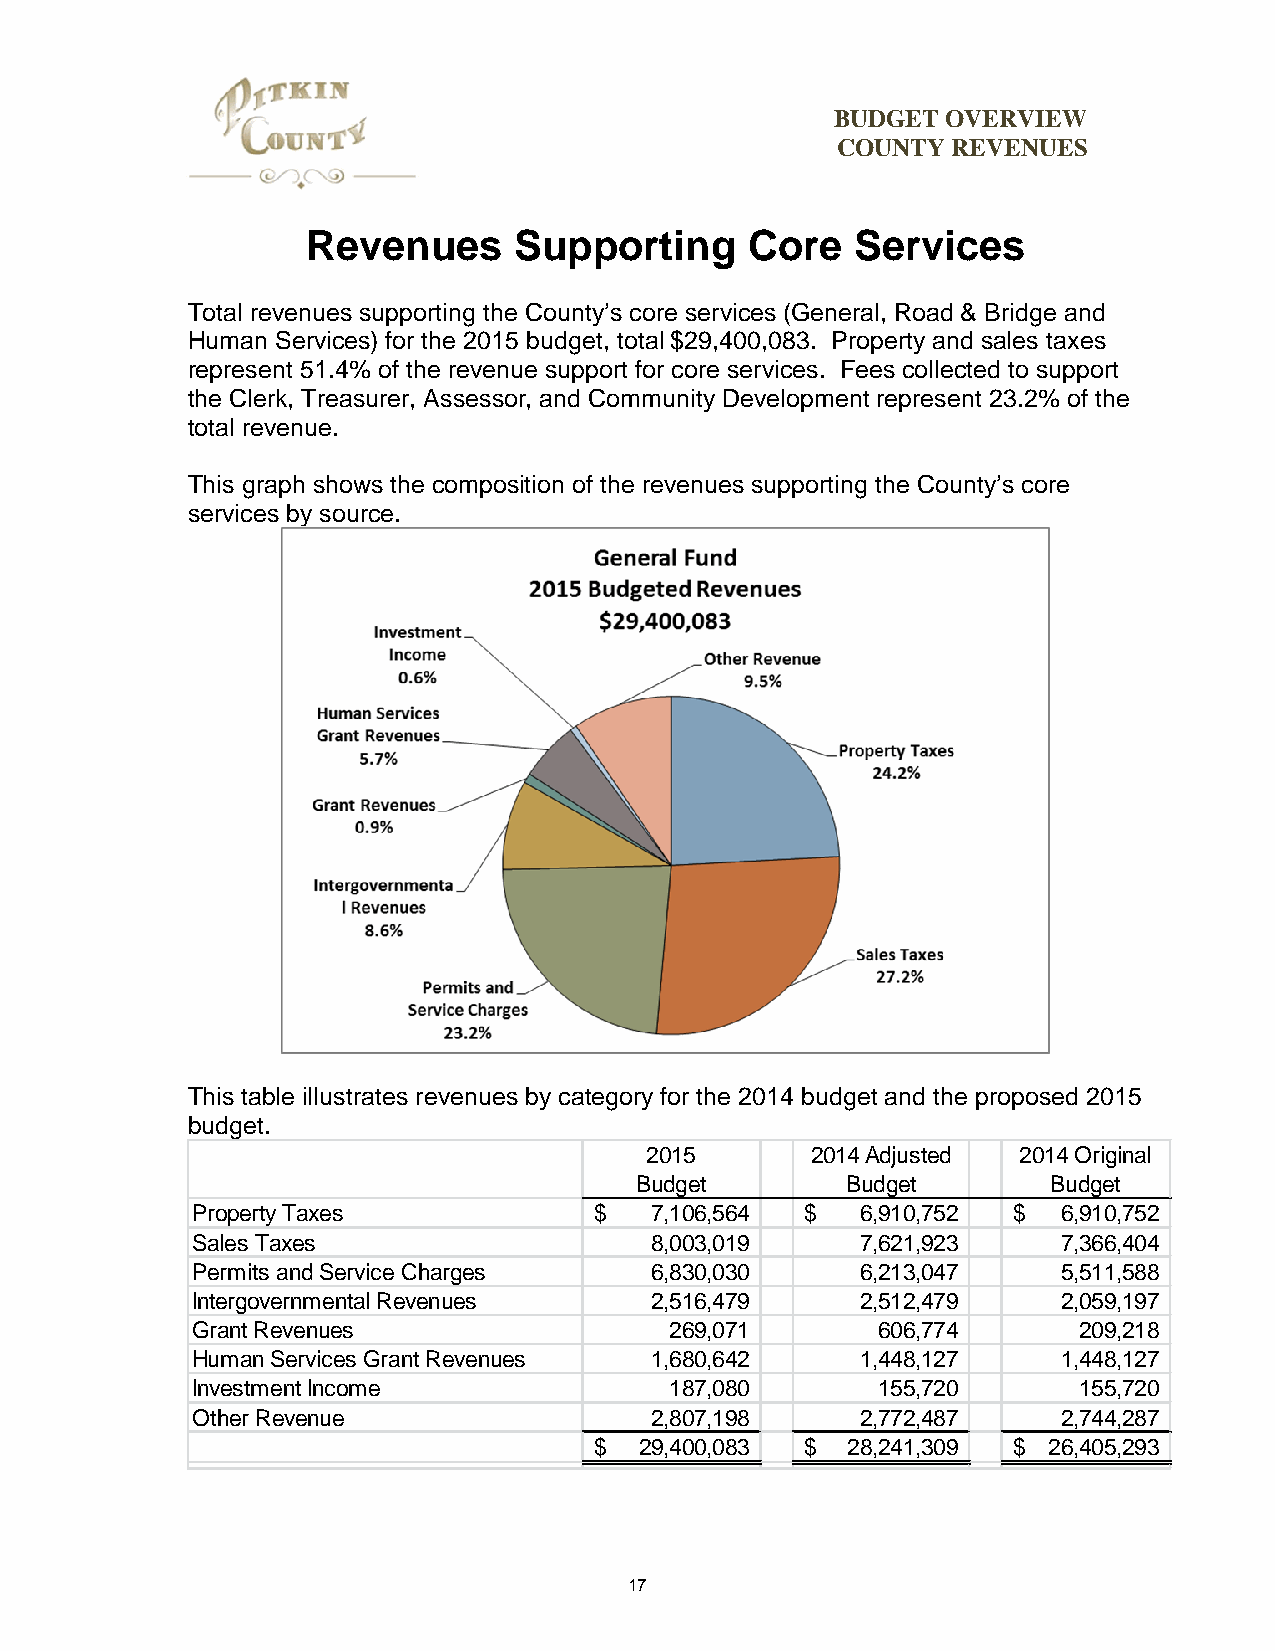
BUDGET  OVERVIEW
 COUNTY  REVENUES
 Revenues      Supporting      Core   Services
 Total revenues supporting the County’s core services (General, Road & Bridge and
 Human Services) for the 2015 budget, total $29,400,083. Property and sales taxes
 represent 51.4% of the revenue support for core services. Fees collected to support
 the Clerk, Treasurer, Assessor, and Community Development represent 23.2% of the
 total revenue.
 This graph shows the composition of the revenues supporting the County’s core
 services by source.
 This table illustrates revenues by category for the 2014 budget and the proposed 2015
 budget.
 2015       2014 Adjusted 2014 Original
 Budget        Budget        Budget
 Property Taxes            $   7,106,564 $   6,910,752 $  6,910,752
 Sales Taxes                   8,003,019     7,621,923    7,366,404
 Permits and Service Charges   6,830,030     6,213,047    5,511,588
 Intergovernmental Revenues    2,516,479     2,512,479    2,059,197
 Grant Revenues                 269,071       606,774      209,218
 Human Services Grant Revenues 1,680,642     1,448,127    1,448,127
 Investment Income              187,080       155,720      155,720
 Other Revenue                 2,807,198     2,772,487    2,744,287
 $  29,400,083 $  28,241,309 $ 26,405,293
 17